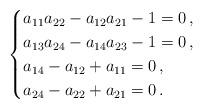
LaTeX: \begin{align*} \begin{cases} a_{11}a_{22}-a_{12}a_{21}-1=0\,,\\ a_{13}a_{24}-a_{14}a_{23}-1=0\,,\\ a_{14}-a_{12}+a_{11}=0\,,\\ a_{24}-a_{22}+a_{21}=0\,. \end{cases}\end{align*}